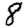
Digit: 8